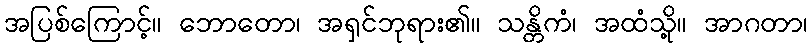
အပြစ်ကြောင့်။ ဘောတော၊ အရှင်ဘုရား၏။ သန္တိကံ၊ အထံသို့။ အာဂတာ၊